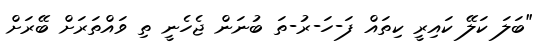
"ބަލަ ކަލޭ ކައިރީ ކިތައް ފަ-ހަ-ރު-ތަ ބުނަން ޖެހެނީ ތި ވައްތަރަށް ބޭރަށް